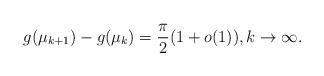
LaTeX: \begin{align*}g(\mu_{k+1}) - g(\mu_k) = \frac{\pi}{2}(1 + o(1)), k \to \infty.\end{align*}